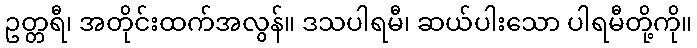
ဥတ္တရီ၊ အတိုင်းထက်အလွန်။ ဒသပါရမီ၊ ဆယ်ပါးသော ပါရမီတို့ကို။